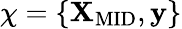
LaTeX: \chi=\{ \mathbf{X}_{\mathrm{MID}},\mathbf{y}\}